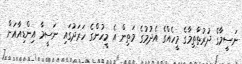
ނަސީމާގެ ދުރުތާތިމާގެ މީހެއްގެ އެދުމުގެ މަތިން އެ މީހުންގެ ހަރަދުގައި ނަސީމާ އިންޑިއާއަށް